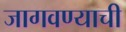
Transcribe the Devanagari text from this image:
जागवण्याची